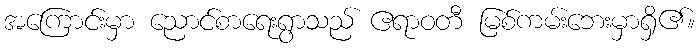
အကြောင်းမှာ ညောင်စာရေးရွာသည် ဧရာဝတီ မြစ်ကမ်းဘေးမှာရှိ၏။